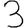
Digit: 3